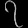
Digit: ၇